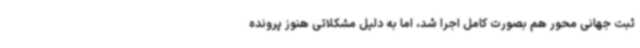
ثبت جهانی محور هم بصورت کامل اجرا شد، اما به دلیل مشکلاتی هنوز پرونده